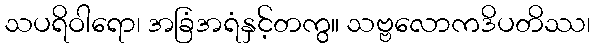
သပရိဝါရော၊ အခြံအရံနှင့်တကွ။ သဗ္ဗလောကဒိပတိဿ၊